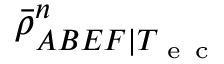
\bar { \rho } _ { A B E F | T _ { \mathrm { ~ e ~ c ~ } } } ^ { n }